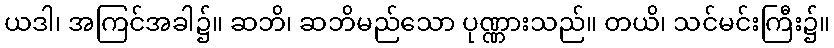
ယဒါ၊ အကြင်အခါ၌။ ဆဘိ၊ ဆဘိမည်သော ပုဏ္ဏားသည်။ တယိ၊ သင်မင်းကြီး၌။